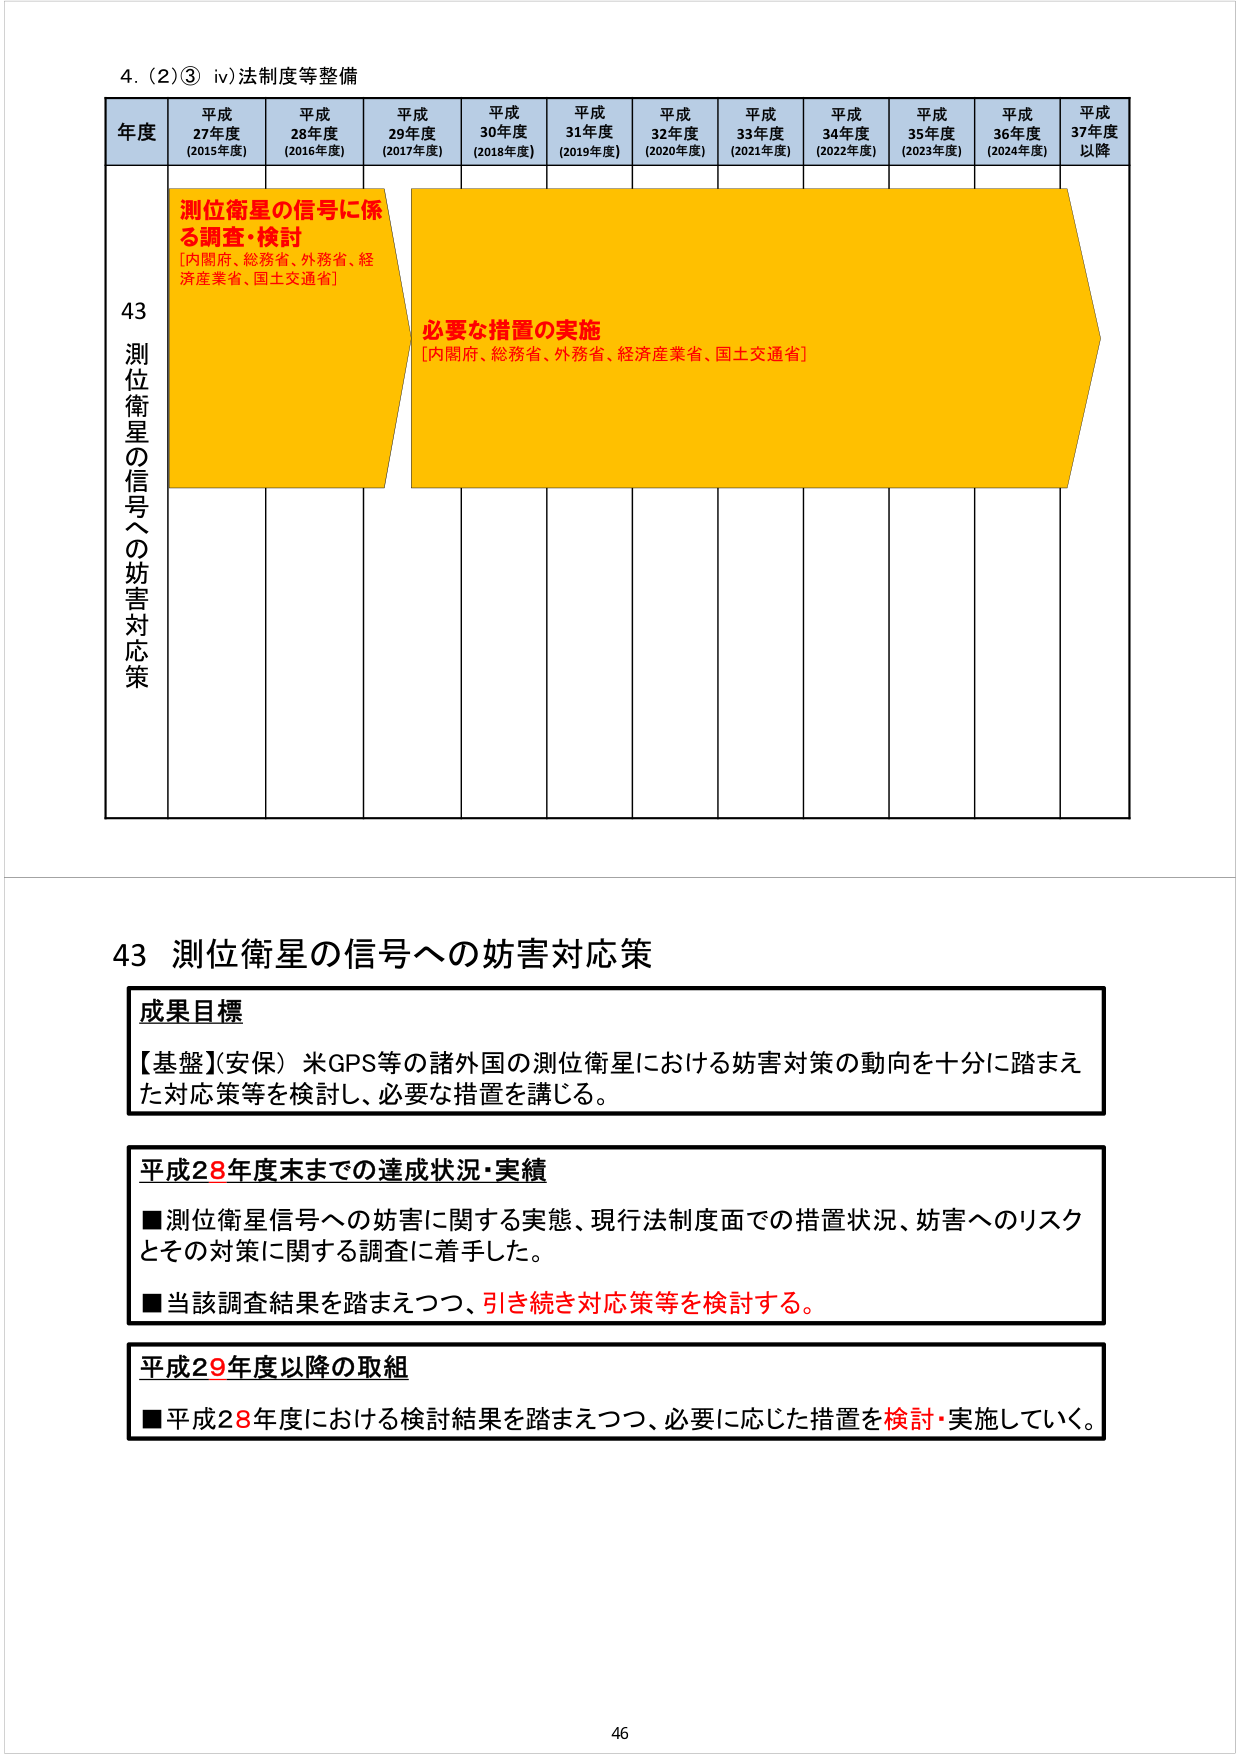
4. (2)③ iv) 法制度等整備

年度 平成27年度 (2015年度) 平成28年度 (2016年度) 平成29年度 (2017年度) 平成30年度 (2018年度) 平成31年度 (2019年度) 平成32年度 (2020年度) 平成33年度 (2021年度) 平成34年度 (2022年度) 平成35年度 (2023年度) 平成36年度 (2024年度) 平成37年度以降

43 測位衛星の信号への妨害対応策

測位衛星の信号に係る調査・検討
[内閣府、総務省、外務省、経済産業省、国土交通省]

必要な措置の実施
[内閣府、総務省、外務省、経済産業省、国土交通省]

43 測位衛星の信号への妨害対応策

成果目標
【基盤】(安保) 米GPS等の諸外国の測位衛星における妨害対策の動向を十分に踏まえた対応策等を検討し、必要な措置を講じる。

平成28年度末までの達成状況・実績
■ 測位衛星信号への妨害に関する実態、現行法制度面での措置状況、妨害へのリスクとその対策に関する調査に着手した。
■ 当該調査結果を踏まえつつ、引き続き対応策等を検討する。

平成29年度以降の取組
■ 平成28年度における検討結果を踏まえつつ、必要に応じた措置を検討・実施していく。

46